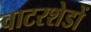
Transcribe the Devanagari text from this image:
वाटरशेडों